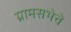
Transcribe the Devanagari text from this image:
ग्रामसभेचे